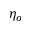
\eta _ { o }